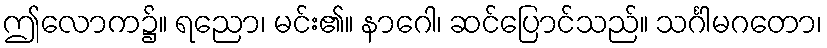
ဤလောက၌။ ရညော၊ မင်း၏။ နာဂေါ၊ ဆင်ပြောင်သည်။ သင်္ဂါမဂတော၊